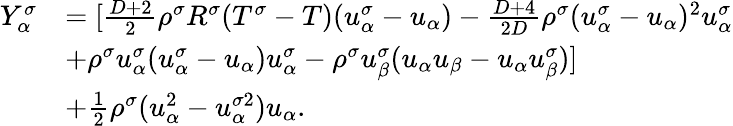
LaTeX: \begin{array}{r}{\begin{array}{rl}{Y_{\alpha}^{\sigma}}&{=[\frac{D+2}{2}\rho^{\sigma}R^{\sigma}(T^{\sigma}-T)(u_{\alpha}^{\sigma}-u_{\alpha})-\frac{D+4}{2D}\rho^{\sigma}(u_{\alpha}^{\sigma}-u_{\alpha})^{2}u_{\alpha}^{\sigma}}\\ &{+\rho^{\sigma}u_{\alpha}^{\sigma}(u_{\alpha}^{\sigma}-u_{\alpha})u_{\alpha}^{\sigma}-\rho^{\sigma}u_{\beta}^{\sigma}(u_{\alpha}u_{\beta}-u_{\alpha}u_{\beta}^{\sigma})]}\\ &{+\frac{1}{2}\rho^{\sigma}(u_{\alpha}^{2}-u_{\alpha}^{\sigma 2})u_{\alpha}.}\end{array}}\end{array}